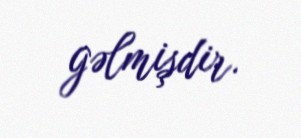
gəlmişdir.